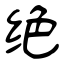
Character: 绝